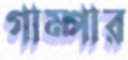
গাম্পার